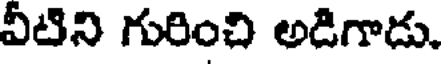
వీటిని గురించి అడిగాడు.